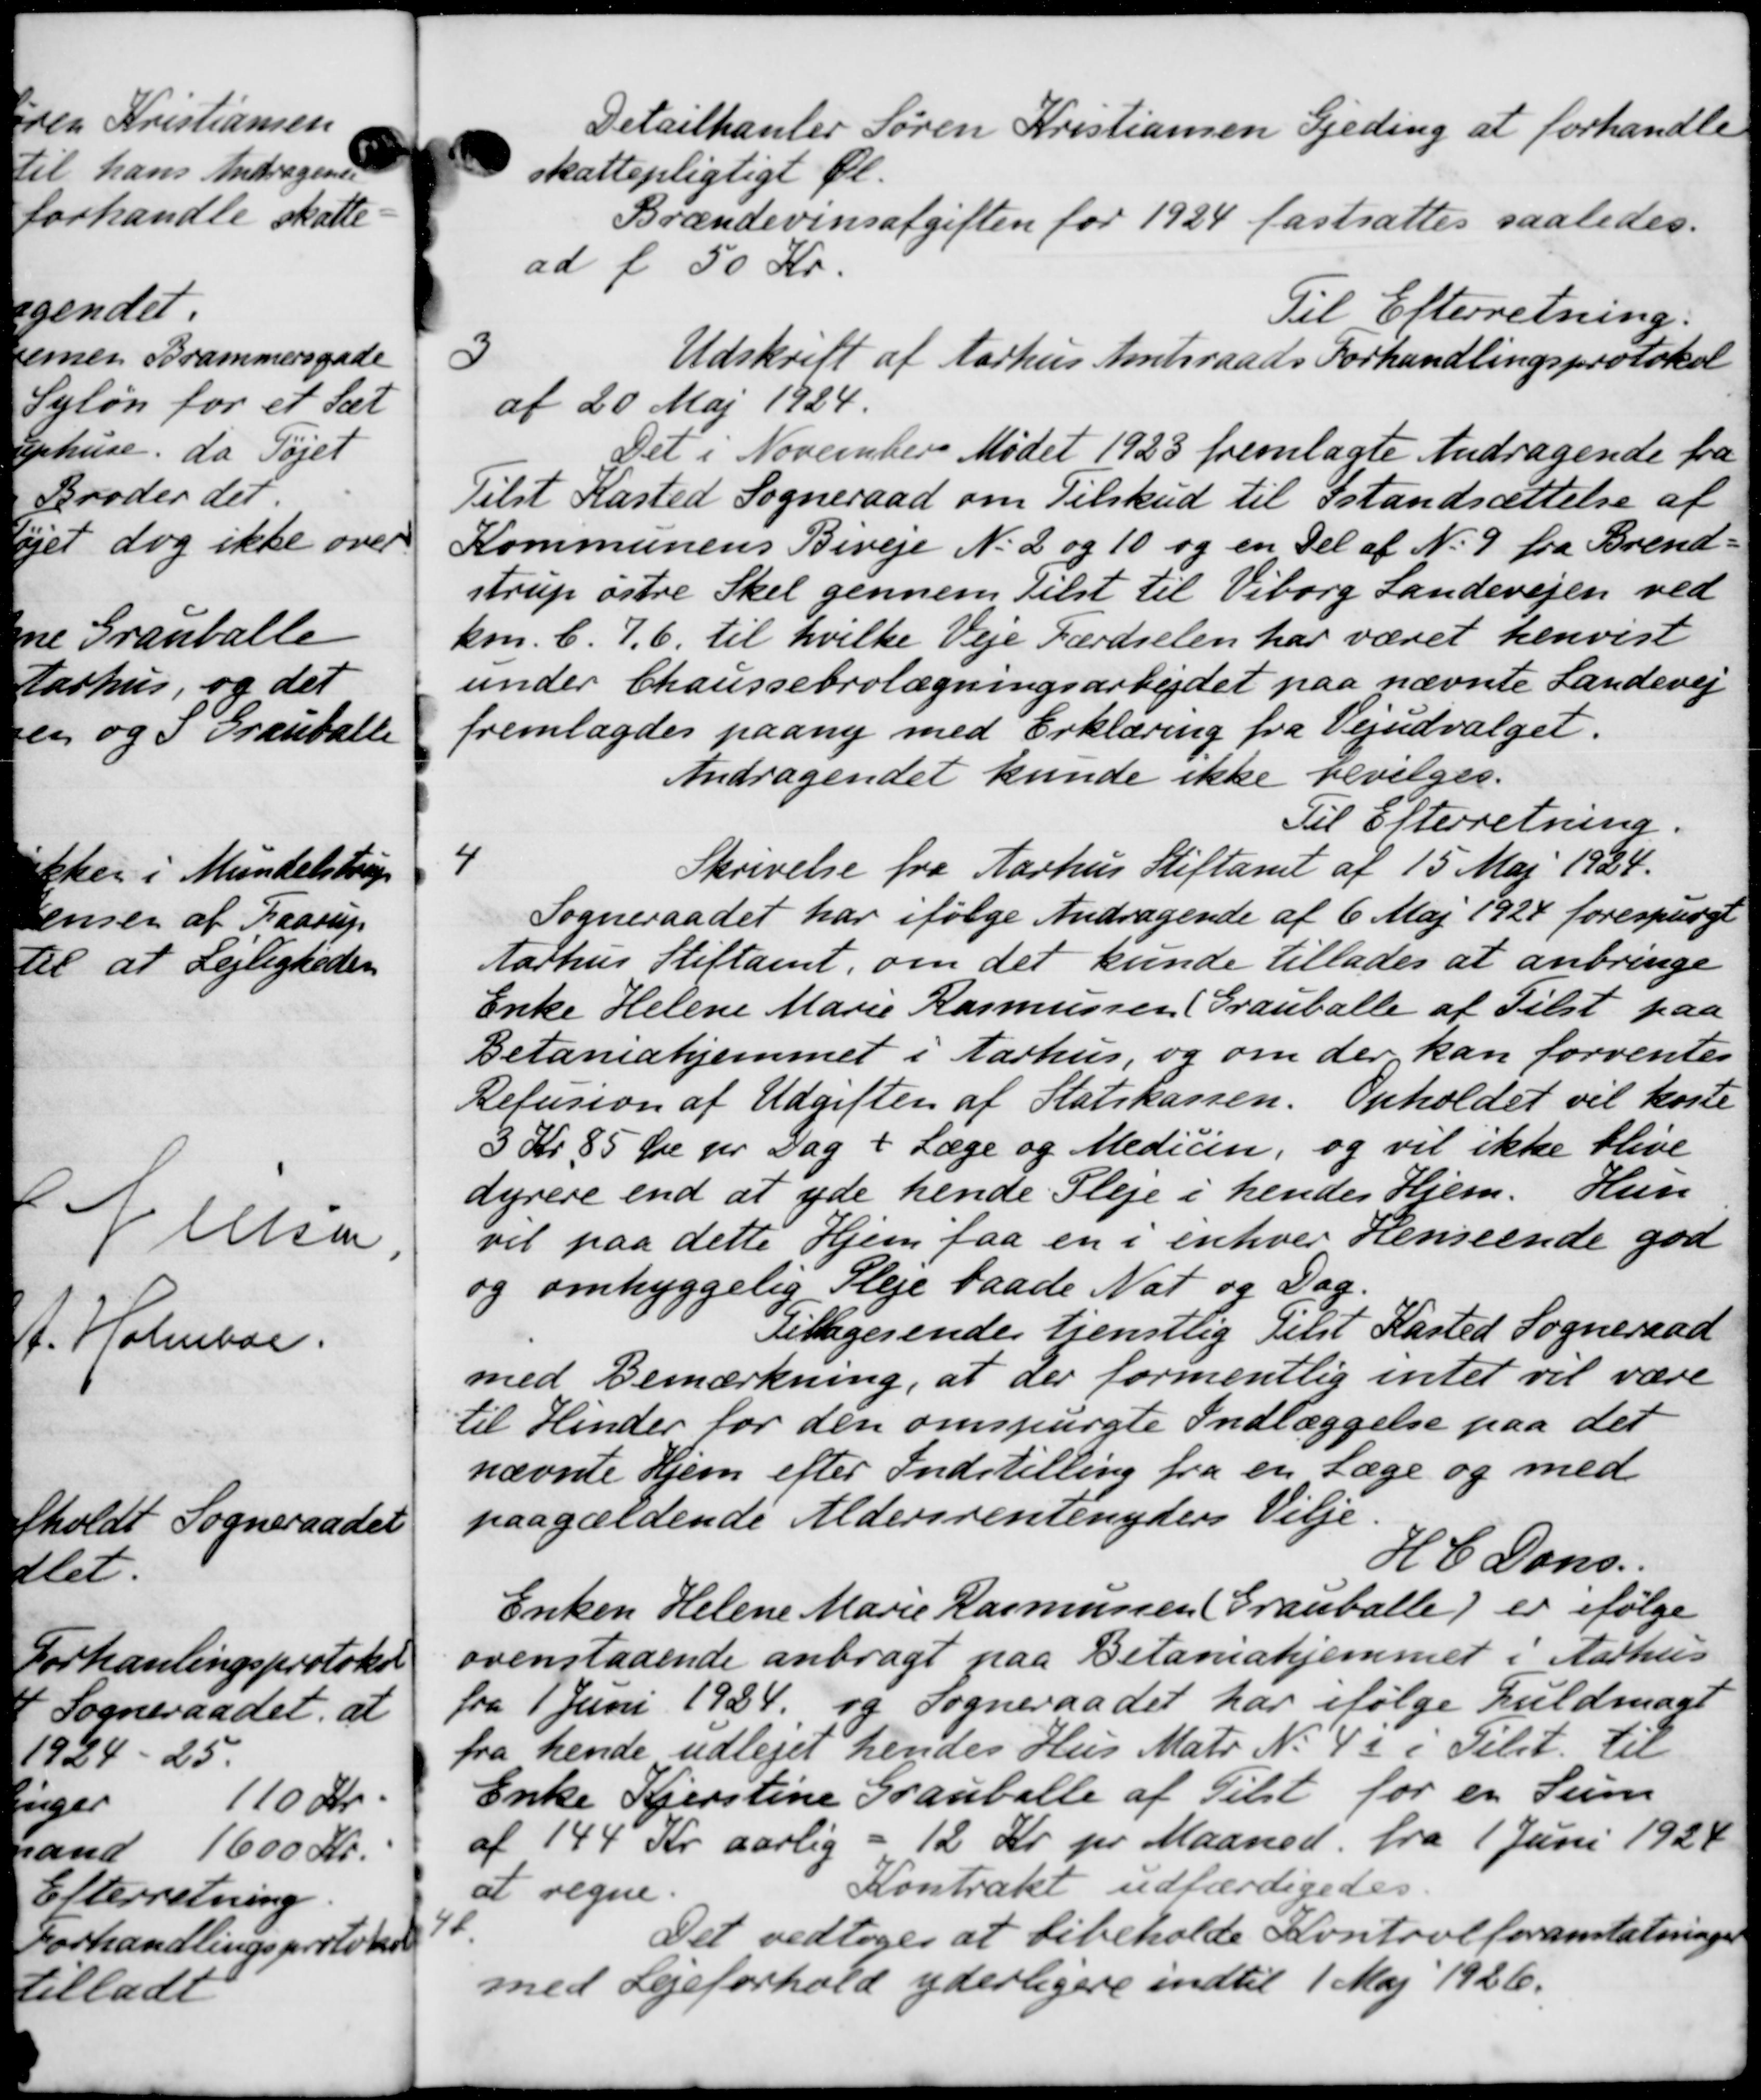
Transskription:
4

Detailhander Søren Kristiansen Fjeding at forhandle
skattepligtigt fl.
Brændevinsafgiften for 1924 fastsattes saaledes.
ad f 50 Kr.
Til Efterretning.
3
Udskrift af Aarhus Amtsraads Forhandlingsprotokol
af 20 Maj 1924.
Det i November Mødet 1923 fremlagte Andragende fra
Tilst Kasted Sogneraad om Tilskud til Istandsættelse af
Kommunens Biveje N. 2 og 10 og en Del af N. 9 fra Brend-
strup østre Skel gennem Tilst til Viborg Landevejen ved
kon. 6. 7. 6. til hvilke Veje Færdselen har været henvist
under Chaussebrolægningsarbejdet paa nævnte Landevej
fremlagdes paany med Erklæring fra Vejudvalget.
Andragendet kunde ikke bevilges.
Til Efterretning
4
Skrivelse fra Aarhus Stiftamt af 15 Maj 1924.
Sogneraadet har ifølge Andragende af 6 Maj 1924 forespurgt
Aarhus Stiftamt, om det kunde tillades at anbringe
Enke Helene Marie Rasmussen (Grauballe af Tilst paa
Betanishjemmet i Aarhus, og om der kan forventes
Refusion af Udgifter af Statskassen. Opholdet vil koste
3 Kr 85 Øre pr. Dag + Læge og Medicin, og vil ikke blive
dyrere end at yde hende Pleje i hendes Hjem. Hun
vil paa dette Hjem faa en i enhver Renseende god
og omhyggelig Pleje baade Nat og Dag.
Titagesende tjenstlig Tilst Kasted Sogneraad
med Bemærkning, at der formentlig intet vil være
til Hinder for den omspurgte Indlæggelse paa det
nævnte Hjem efter Indstilling fra en Læge og med
paagældende Aldersrentenyders Vilje.
H. C. Dans
Enken Helene Marie Rasmussen (Granballe) er ifølge,
ovenstaaende anbragt paa Betanishjemmet i Aarhus
fra 1 Juni 1934 og Sogneraadet har ifølge Fuldmagt
fra hende udlejet hendes Hus Matr. No 45 i Tilst. til
Enke Kjerstine Grauballe af Tilst for en Sum
af 144 Kr aarlig - 12 Kr pr Maaned fra 1 Juni 1928
at regne.
Kontrakt udfærdigedes.
4
Det vedtoges at bibeholde Kontrolforanstatninger
med Lejeforhold yderligere indtil 1 Maj 1926.